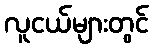
လူငယ်များတွင်